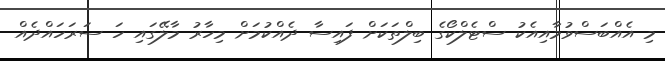
މި އެއްބަސްވުމާއިއެކު ސްޓެލްކޯގެ ބިލްތަކަށް ފައިސާ ދެއްކުމަށް މިހާރު މާލޭގައި ހަ ސަރަހައްދެެއް